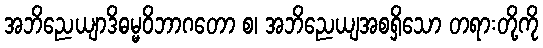
အဘိညေယျာဒိဓမ္မဝိဘာဂတော စ၊ အဘိညေယျအစရှိသော တရားတို့ကို